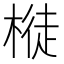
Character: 𣘊